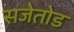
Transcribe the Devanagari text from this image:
सजेतोड